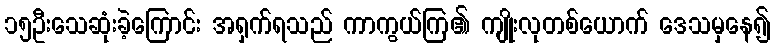
၁၅ဦးသေဆုံးခဲ့ကြောင်း အရှက်ရသည် ကာကွယ်ကြ၏ ကျိုးလုတစ်ယောက် ဒေသမှနေ၍